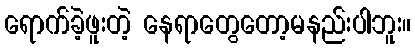
ရောက်ခဲ့ဖူးတဲ့ နေရာတွေတော့မနည်းပါဘူး။